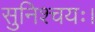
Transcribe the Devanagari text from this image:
सुनिश्चयः।